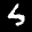
Label: 5